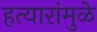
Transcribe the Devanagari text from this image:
हत्यारांमुळे